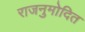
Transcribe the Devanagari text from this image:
राजनुमोदित